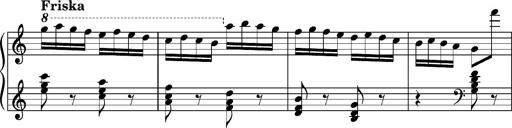
Title: Ungarischer Romanzero
Composer: Franz Liszt